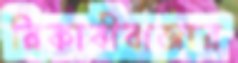
রিকাবীবাজার